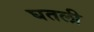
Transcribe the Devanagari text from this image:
घतली